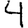
Digit: 4